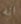
انه